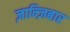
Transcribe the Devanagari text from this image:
ज़ान्ज़िबार